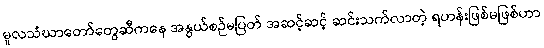
မူလသံဃာတော်တွေဆီကနေ အနွယ်စဉ်မပြတ် အဆင့်ဆင့် ဆင်းသက်လာတဲ့ ရဟန်းဖြစ်မဖြစ်ဟာ